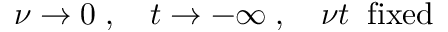
\nu \rightarrow 0 \; , \quad t \rightarrow - \infty \; , \quad \nu t \; \; \mathrm { f i x e d }